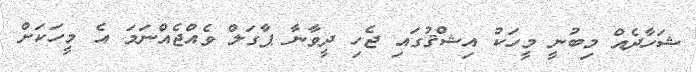
ޝަހާދެއް މިބުނީ މީހަކު އިޝްޤުގައި ޖެހި ދީވާނާ ޕާގަލް ވެއްޖެއްނަމަ އެ މީހަކަށް